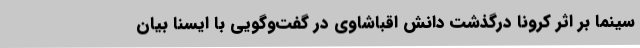
سینما بر اثر کرونا درگذشت دانش اقباشاوی در گفت‌وگویی با ایسنا بیان